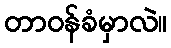
တာဝန်ခံမှာလဲ။